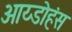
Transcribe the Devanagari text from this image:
आय्डोहंस